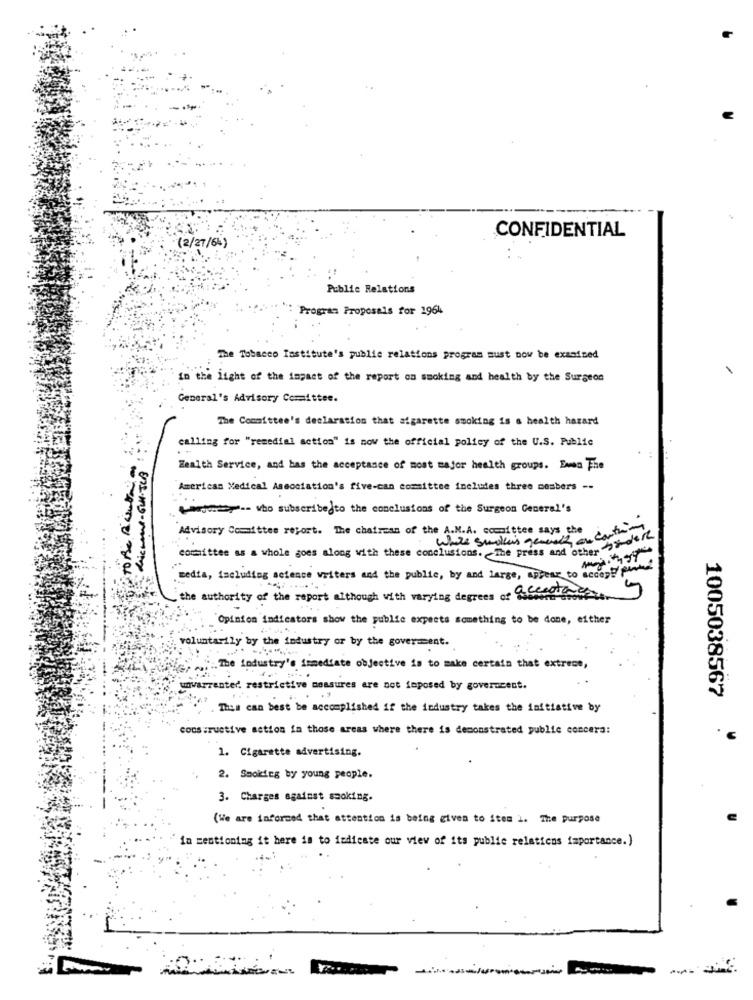
(2/27/6%)
CONFIDENTIAL
Public Relations
Program Proposals for 1964
The Tobacco Institute's public relations program must now be examined
in the light of the impact of the report on sucking and health by the Surgeon
General's Advisory Committee.
The Committee's declaration that sigarette smoking is a health hazard
calling for "remedial action" is now the official policy of the U.S. Public
Health Service, and has the acceptance of most major health groups. Even The
American Medical Association's five-can committee includes three members -.
www.who subscribe to the conclusions of the Surgeon General's
Advisory Committee report. The chairman of the A.M.A. committee says the
wale smokers general on contar
committee as a whole goes along with these conclusions. The press and other 8
media, including science writers and the public, by and large, appear to accept
the authority of the report although with varying degrees of a ceest
Opinion indicators show the public expects something to be done, either
voluntarily by the industry or by the goverment .
.The industry's immediate objective is to make certain that extrece,
unwarranted. restrictive measures are not imposed by government .
1005038567
. This can best be accomplished if the industry takes the initiative by
constructive action in those areas where there is demonstrated public concera:
1. Cigarette advertising.
2. Smoking by young people.
3. Charges against smoking.
(We are informed that attention is being given to item 1. The purpose
in mentioning it here is to indicate our view of its public relations importance.)